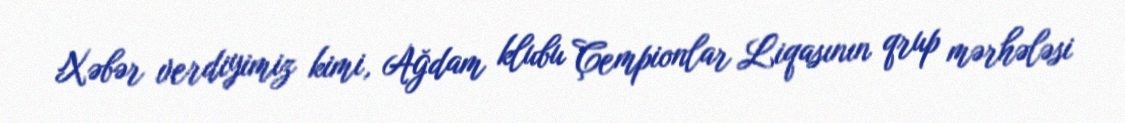
Xəbər verdiyimiz kimi, Ağdam klubu Çempionlar Liqasının qrup mərhələsi